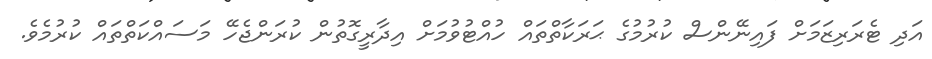
އަދި ޓެރަރިޒަމަށް ފައިނޭންސް ކުރުމުގެ ޙަރަކާތްތައް ހުއްޓުވުމަށް އިދާރީގޮތުން ކުރަންޖެހޭ މަސައްކަތްތައް ކުރުމެވެ.